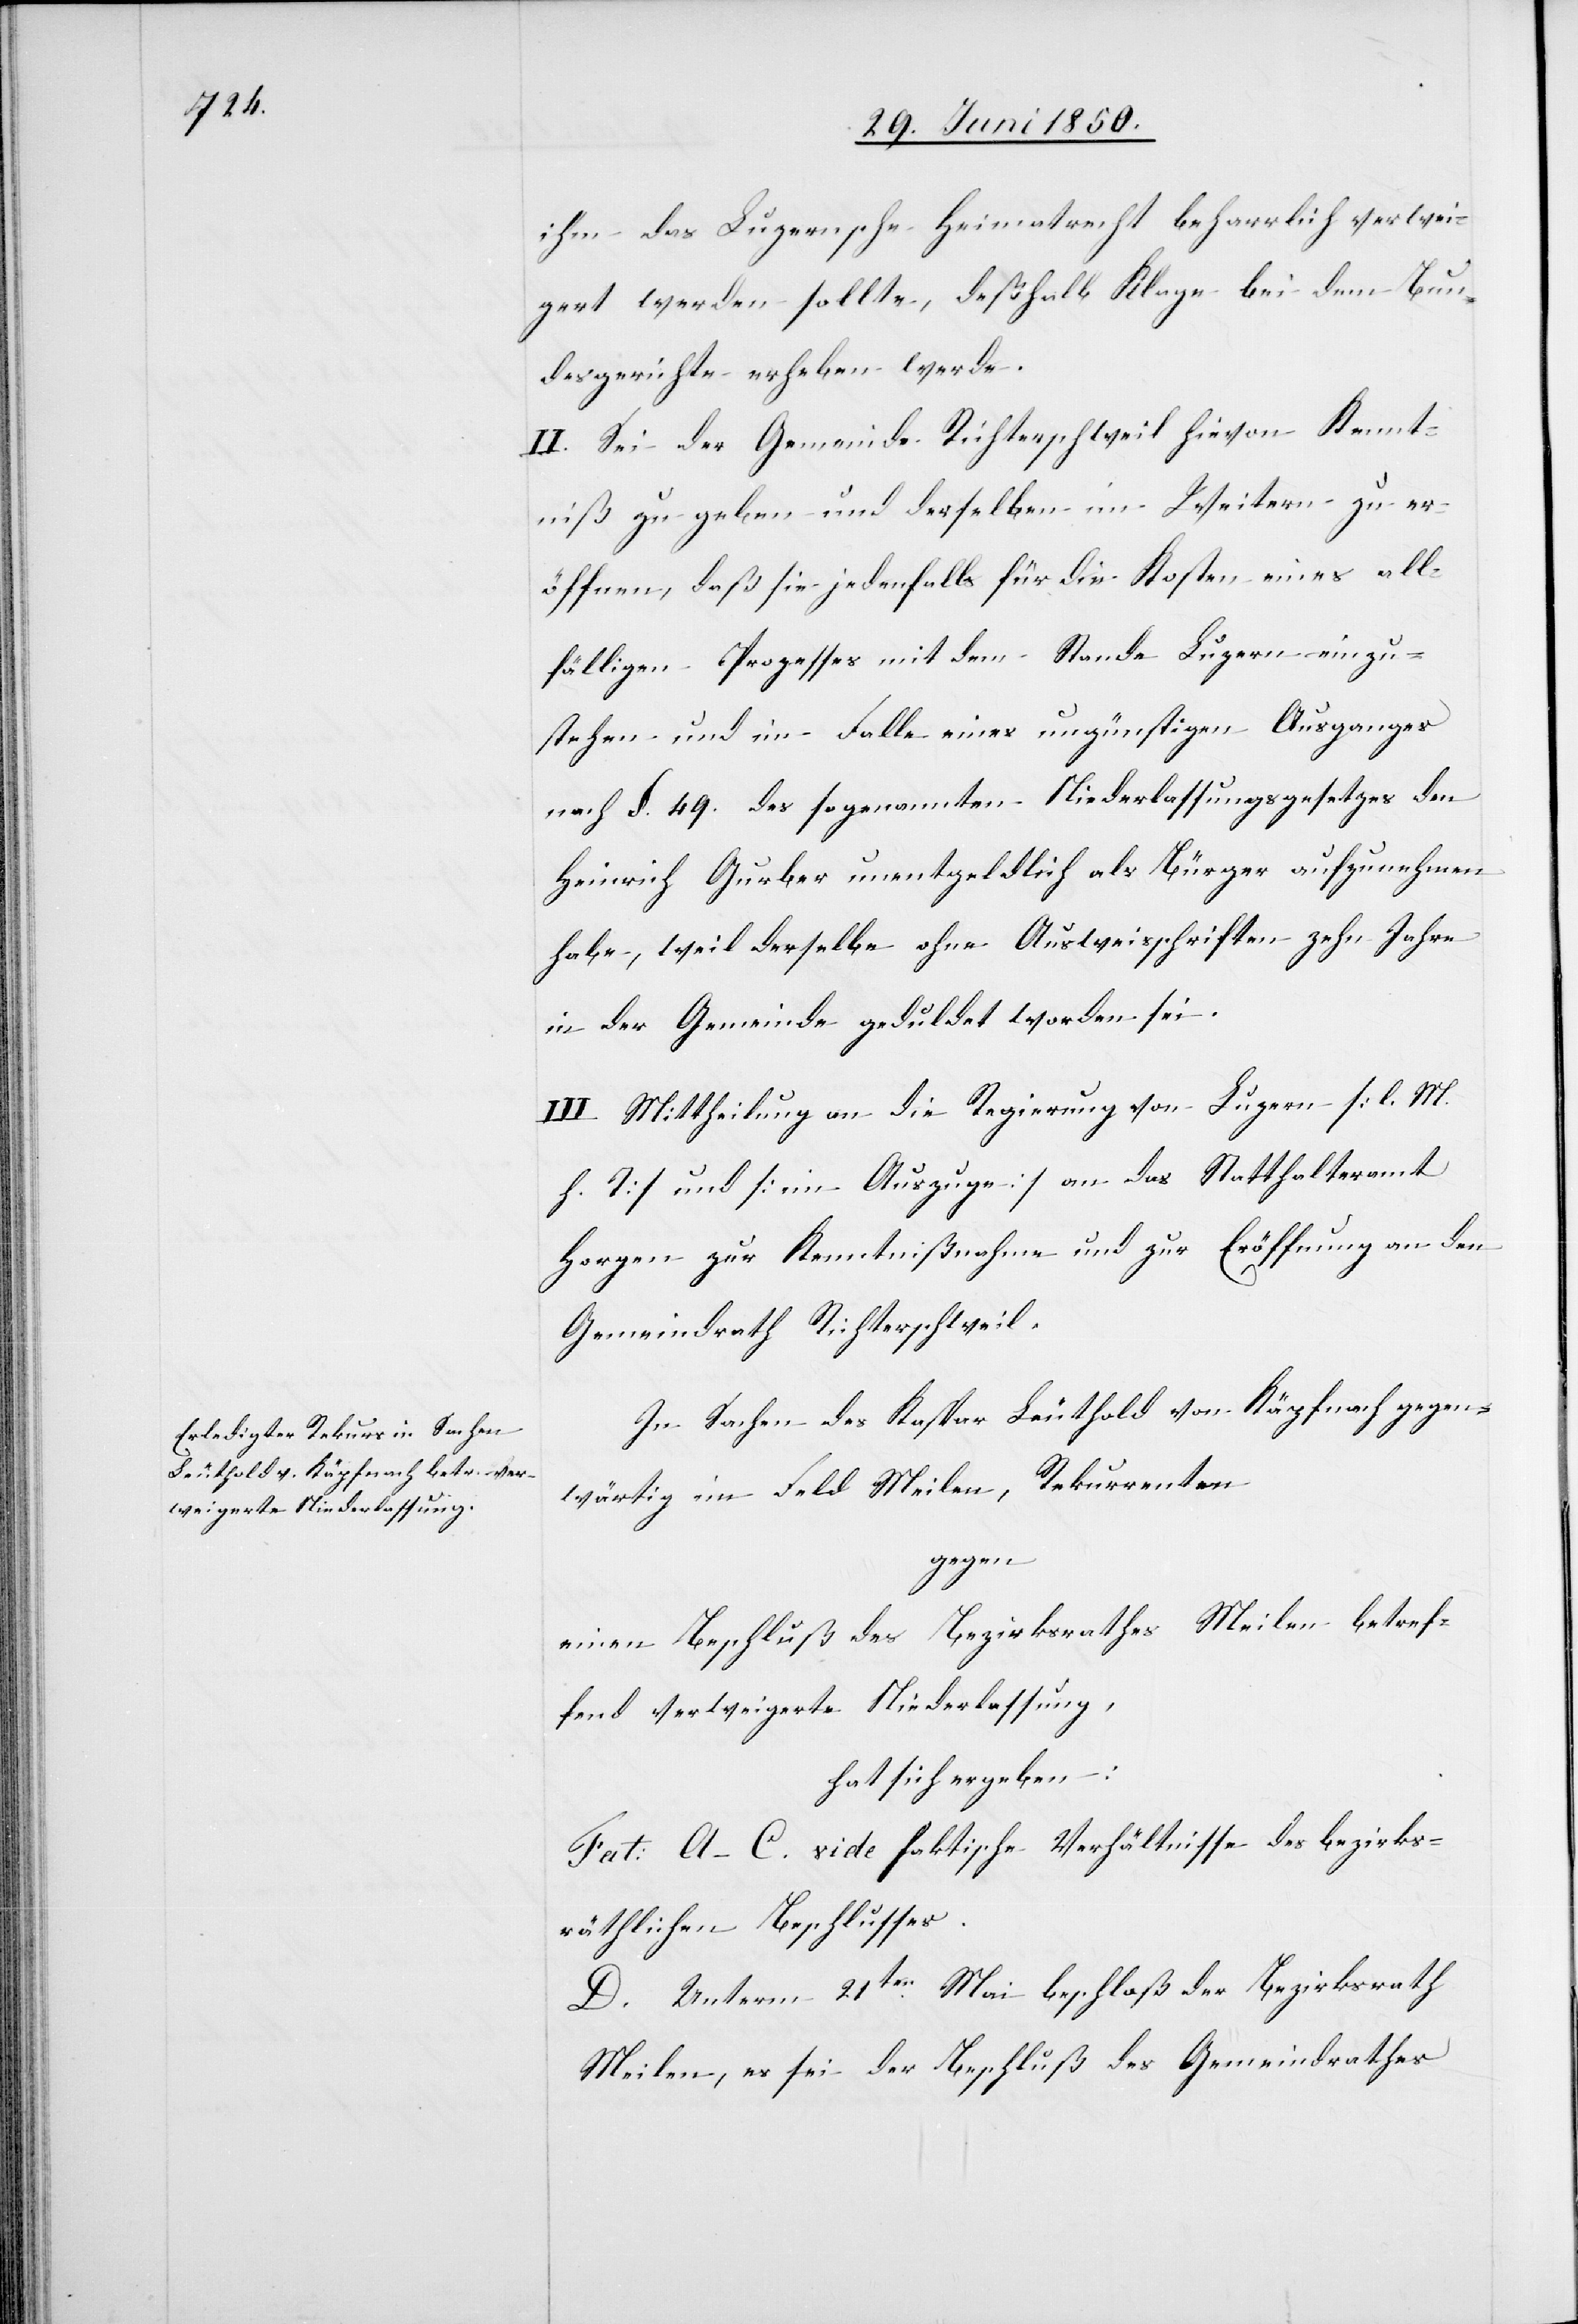
ihm das Luzernsche Heimatrecht beharrlich verwei¬
gert werden sollte, deßhalb Klage bei dem Bun¬
desgerichte erheben werde.
II. Sei der Gemeinde Richterschweil hievon Kennt¬
niß zu geben und derselben im Weitern zu er¬
öffnen, daß sie jedenfalls für die Kosten eines all¬
fälligen Prozesses mit dem Stande Luzern einzu¬
stehen und im Falle eines ungünstigen Ausganges
nach §. 49. des sogenannten Niederlassungsgesetzes den
Heinrich Gurber unentgeldlich als Bürger aufzunehmen
habe, weil derselbe ohen Ausweisschriften zehn Jahre
in der Gemeinde geduldet worden sei.
III. Mittheilung an die Regierung von Luzern [l. M.
h. T] und [im Auszuge] an das Statthalteramt
Horgen zur Kenntnißnahme und zur Eröffnung an den
Gemeindrath Richterschweile
In Sachen des Kaspar Leuthold von Käpfnach gegen¬
wärtig im Feld Meilen, Rekurrenten
gegen
einen Beschluß des Bezirksrathes Meilen betref¬
fend verweigerte Niederlassung,
hat sich ergeben:
Fa[c]t: A–C. vide faktische Verhältnisse des bezirks¬
räthlichen Beschlusses.
D. Unterm 21ten Mai beschloß der Bezirksrath
Meilen, es sei der Beschluß des Gemeindrathes